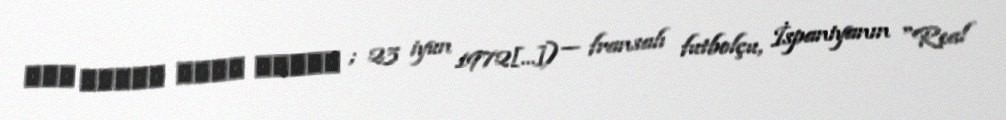
زين الدين يزيد زيدان ; 23 iyun 1972[…]) — fransalı futbolçu, İspaniyanın "Real